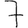
Digit: 7